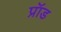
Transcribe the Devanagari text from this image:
प्रॉड